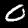
Label: 0